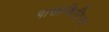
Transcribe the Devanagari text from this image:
पासाकिलिग्ल